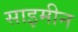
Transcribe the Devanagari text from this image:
साइमीन